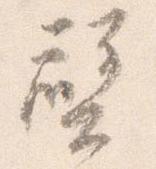
壁